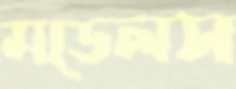
মডেলস